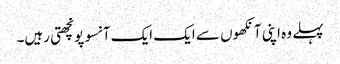
پہلے وہ اپنی آنکھوں سے ایک ایک آنسو پونچھتی رہیں۔